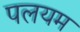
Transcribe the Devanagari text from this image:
पलयम